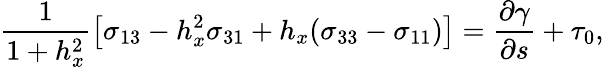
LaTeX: \frac{1}{1+h_{x}^{2}}\left[\sigma_{13}-h_{x}^{2}\sigma_{31}+h_{x}(\sigma_{33}-\sigma_{11})\right]=\frac{\partial\gamma}{\partial s}+\tau_{0},